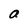
Character: a